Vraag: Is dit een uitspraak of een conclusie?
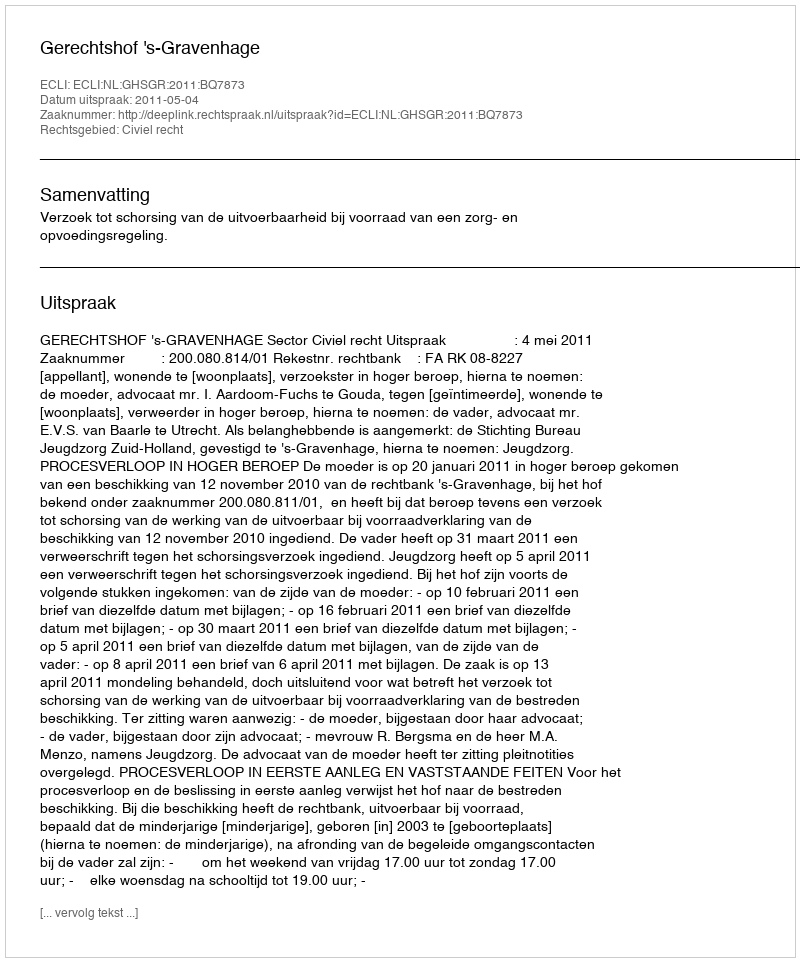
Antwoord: Uitspraak